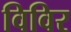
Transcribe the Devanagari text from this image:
विविर